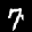
Label: 7